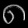
Digit: ၈